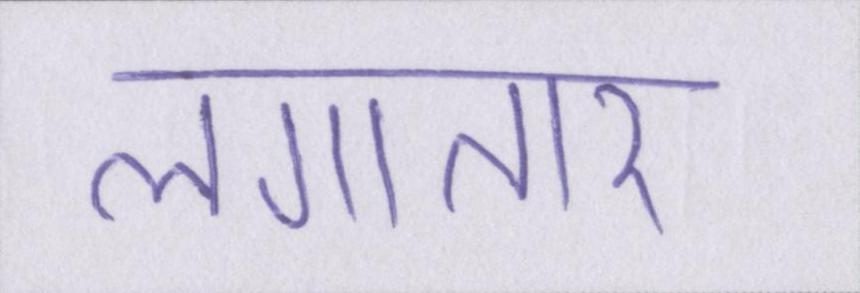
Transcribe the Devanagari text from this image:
लगातार